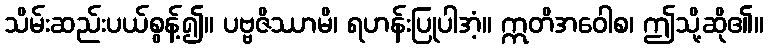
သိမ်းဆည်းပယ်စွန့်၍။ ပဗ္ဗဇိဿာမိ၊ ရဟန်းပြုပါအံ့။ ဣတိအဝေါစ၊ ဤသို့ဆို၏။